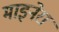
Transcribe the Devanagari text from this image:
माइनेरा